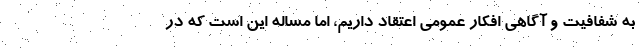
به شفافیت و آگاهی افکار عمومی اعتقاد داریم، اما مساله این است که در